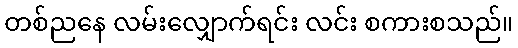
တစ်ညနေ လမ်းလျှောက်ရင်း လင်း စကားစသည်။